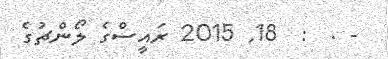
- .  :  18